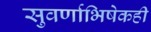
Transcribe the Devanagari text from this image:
सुवर्णाभिषेकही